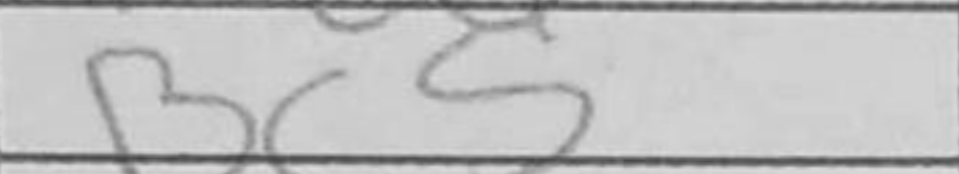
Transcription: Bc5